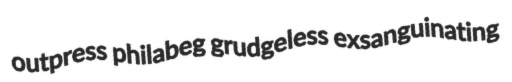
outpress philabeg grudgeless exsanguinating